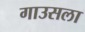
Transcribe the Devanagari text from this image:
गाउसला